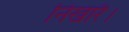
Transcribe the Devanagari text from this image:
निखारै।